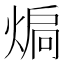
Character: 𭵚